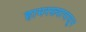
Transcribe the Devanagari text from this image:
हामरस्त्यापासून